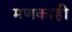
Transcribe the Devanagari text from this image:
मणकाही